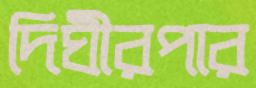
দিঘীরপার